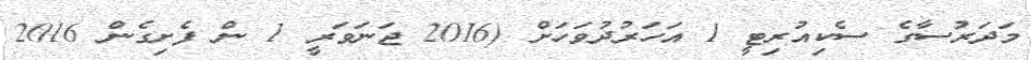
މަދަރުސާގެ ސެކިއުރިޓީ 1 އަހަރުދުވަހަށް (2016 ޖަނަވަރީ 1 ން ފެށިގެން 2016